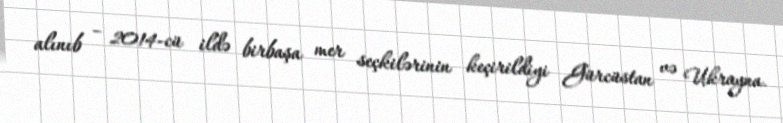
alınıb – 2014-cü ildə birbaşa mer seçkilərinin keçirildiyi Gürcüstan və Ukrayna.